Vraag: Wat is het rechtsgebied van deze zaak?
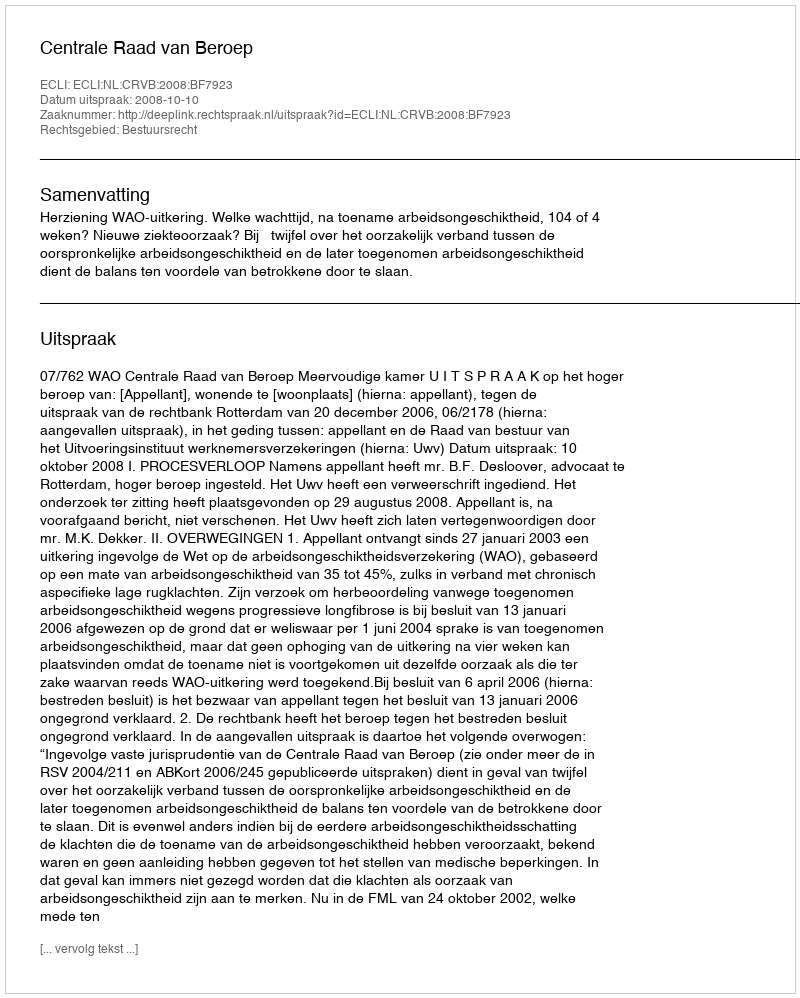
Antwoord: Bestuursrecht